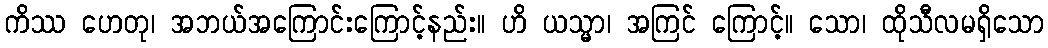
ကိဿ ဟေတု၊ အဘယ်အကြောင်းကြောင့်နည်း။ ဟိ ယသ္မာ၊ အကြင် ကြောင့်။ သော၊ ထိုသီလမရှိသော